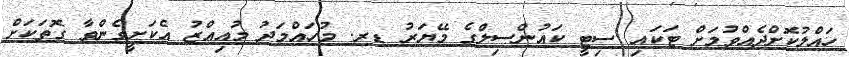
ހައްލުކޮށްދެއްވުމަށް ޓަކައި ސިޓީ ކައުންސިލްގެ މޭޔަރު ޑރ. މުހައްމަދު މުއިއްޒު އެކަަށީގެންވާ ގޮތަކަށް